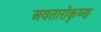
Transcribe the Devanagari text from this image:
अवतारोंकृष्ण